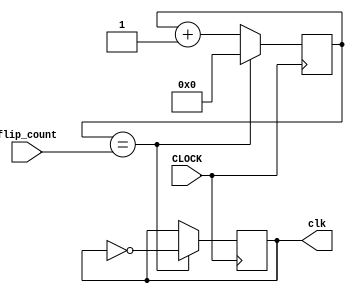
`timescale 1ns / 1ps
//////////////////////////////////////////////////////////////////////////////////
// Company: 
// Engineer: 
// 
// Design Name: 
// Module Name: new_clk
// Project Name: 
// Target Devices: 
// Tool Versions: 
// Description: 
// 
// Dependencies: 
// 
// Revision:
// Revision 0.01 - File Created
// Additional Comments:
// 
//////////////////////////////////////////////////////////////////////////////////
module new_clk(input CLOCK, input [31:0] flip_count, output reg clk = 0);
    reg [31:0]count = 32'b0;
    always @ (posedge CLOCK)
    begin
        count <= (count == flip_count) ? 0 : count + 1;
        clk <= (count == flip_count) ? ~clk : clk;
    end
endmodule